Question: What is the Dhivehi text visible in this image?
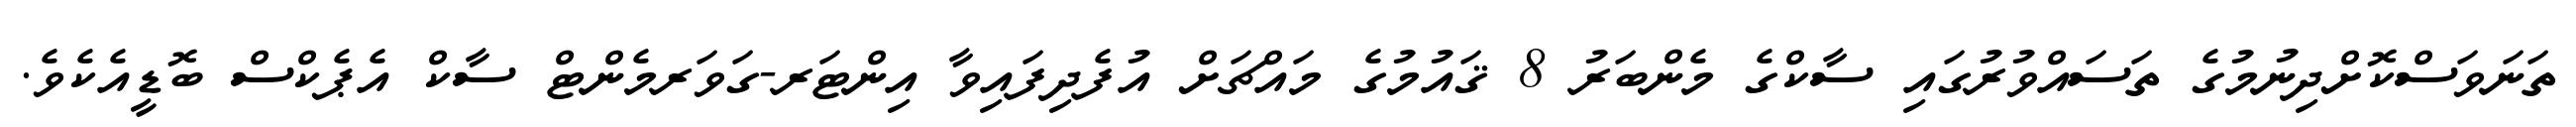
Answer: ތަނަވަސްކޮށްދިނުމުގެ ތަސައްވުރުގައި ސާކްގެ މެންބަރު 8 ޤައުމުގެ މައްޗަށް އުފެދިފައިވާ އިންޓަރ-ގަވަރމެންޓް ސާކް އެޕެކްސް ބޮޑީއެކެވެ.